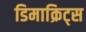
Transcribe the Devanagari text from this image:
डिमाक्रिट्स